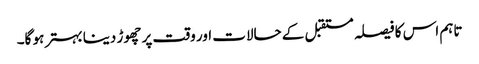
تاہم اس کا فیصلہ مستقبل کے حالات اور وقت پر چھوڑ دینا بہتر ہو گا۔